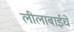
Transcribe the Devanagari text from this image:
लीलाबाईचे